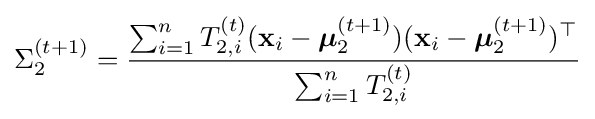
\Sigma _{2}^{(t+1)}={\frac {\sum _{i=1}^{n}T_{2,i}^{(t)}(\mathbf {x} _{i}-{\boldsymbol {\mu }}_{2}^{(t+1)})(\mathbf {x} _{i}-{\boldsymbol {\mu }}_{2}^{(t+1)})^{\top }}{\sum _{i=1}^{n}T_{2,i}^{(t)}}}